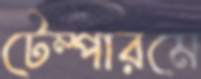
টেম্পারমে